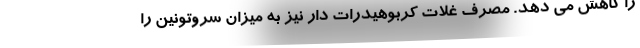
را کاهش می دهد. مصرف غلات کربوهیدرات دار نیز به میزان سروتونین را